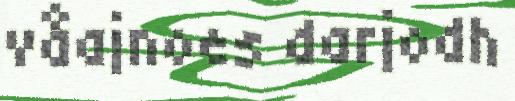
våajnoes darjodh